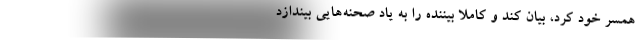
همسر خود کرد، بیان کند و کاملاً بیننده را به یاد صحنه‌هایی بیندازد